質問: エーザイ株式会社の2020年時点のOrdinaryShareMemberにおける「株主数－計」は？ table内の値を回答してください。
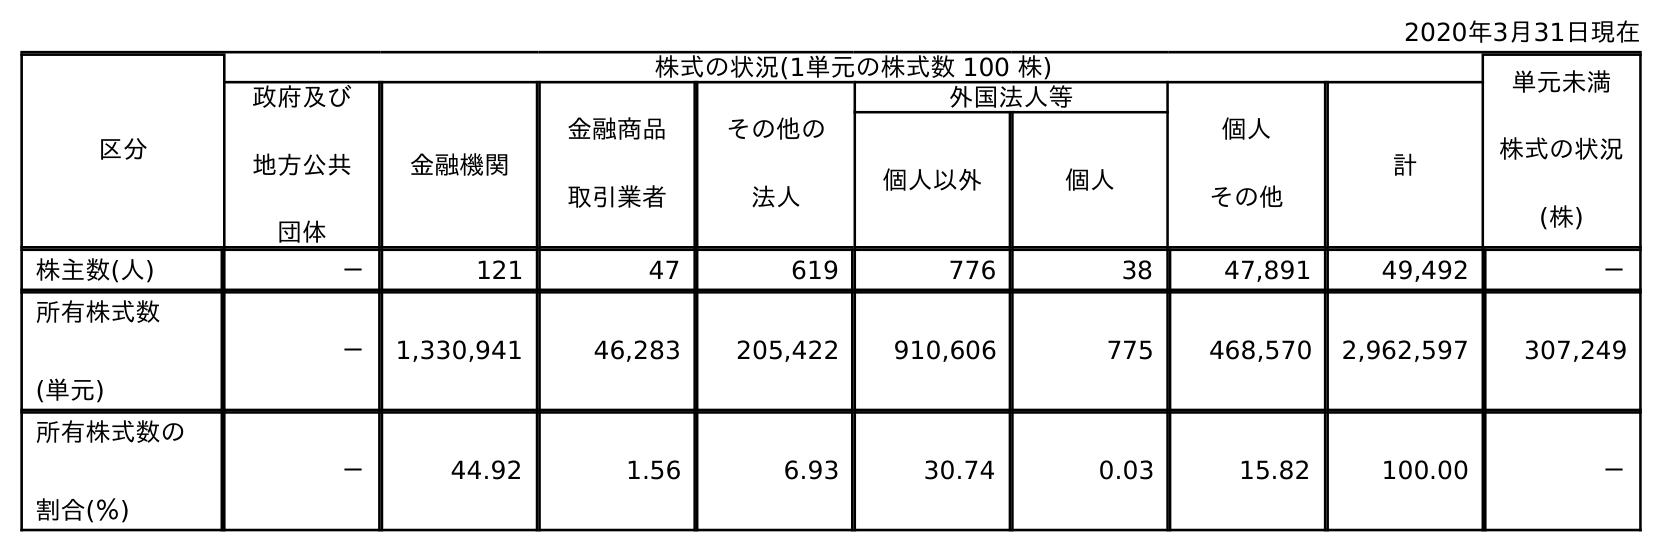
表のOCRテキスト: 2020年3月31日現在 区分 株式の状況(1単元の株式数 100 株) 単元未満 株式の状況 (株) 政府及び 地方公共 団体 金融機関 金融商品 取引業者 その他の 法人 外国法人等 個人 その他 計 個人以外 個人 株主数(人) － 121 47 619 776 38 47,891 49,492 － 所有株式数 (単元) － 1,330,941 46,283 205,422 910,606 775 468,570 2,962,597 307,249 所有株式数の 割合(％) － 44.92 1.56 6.93 30.74 0.03 15.82 100.00 －
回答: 49,492